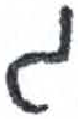
אות: ג